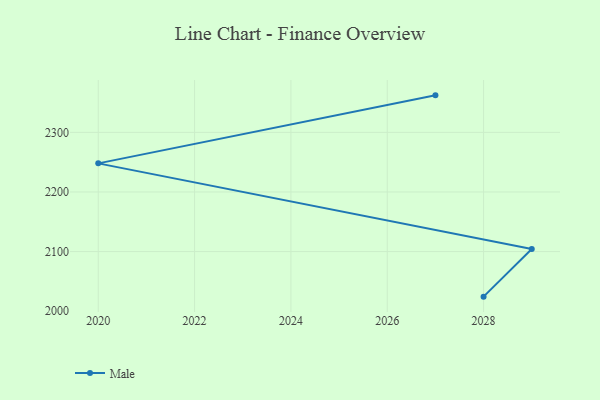
{"axis": {"x": "Year", "y": "Conversion Rate (%)"}, "legend": ["Male"], "data": [{"x": "2027", "y": 2362.1, "type": "Male"}, {"x": "2020", "y": 2248.0, "type": "Male"}, {"x": "2029", "y": 2104.2, "type": "Male"}, {"x": "2028", "y": 2024.4, "type": "Male"}]}